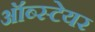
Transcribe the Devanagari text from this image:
ऑब्स्टेयर